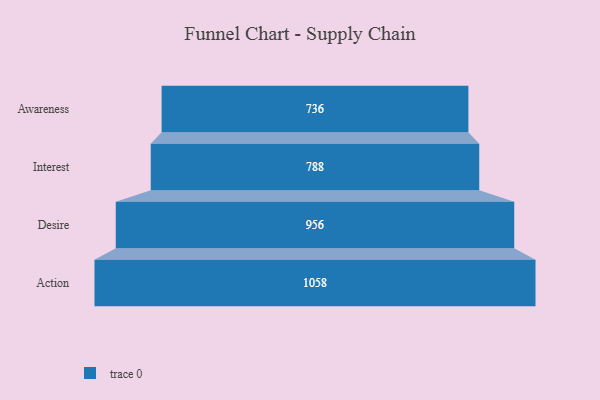
{"axis": {"x": "Stage", "y": "Value"}, "legend": [""], "data": [{"x": "Awareness", "y": 736.0, "type": ""}, {"x": "Interest", "y": 788.0, "type": ""}, {"x": "Desire", "y": 956.0, "type": ""}, {"x": "Action", "y": 1058.0, "type": ""}]}